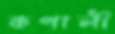
কপালী